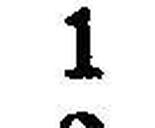
1